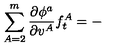
\sum _ { A = 2 } ^ { m } \frac { \partial \phi ^ { a } } { \partial v ^ { A } } f _ { t } ^ { A } = -